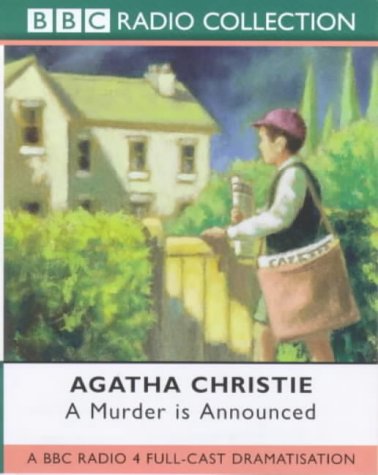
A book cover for A Murder is Announced: A BBC Radio 4 Full-cast Dramatisation (BBC Radio Collection); Agatha Christie; Humor & Entertainment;